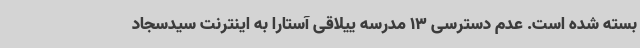
بسته شده است. عدم دسترسی 13 مدرسه ییلاقی آستارا به اینترنت سیدسجاد